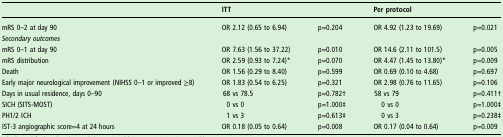
<table><thead><tr><td>[EMPTY_CELL]</td><td colspan="2"><b>ITT</b></td><td colspan="2"><b>Per protocol</b></td></tr></thead><tbody><tr><td>mRS 0–2 at day 90</td><td>OR 2.12 (0.65 to 6.94)</td><td>p=0.204</td><td>OR 4.92 (1.23 to 19.69)</td><td>p=0.021</td></tr><tr><td colspan="5"><i>Secondary outcomes</i></td></tr><tr><td>mRS 0–1 at day 90</td><td>OR 7.63 (1.56 to 37.22)</td><td>p=0.010</td><td>OR 14.6 (2.11 to 101.5)</td><td>p=0.005</td></tr><tr><td>mRS distribution</td><td>OR 2.59 (0.93 to 7.24)*</td><td>p=0.070</td><td>OR 4.47 (1.45 to 13.80)*</td><td>p=0.009</td></tr><tr><td>Death</td><td>OR 1.56 (0.29 to 8.40)</td><td>p=0.599</td><td>OR 0.69 (0.10 to 4.68)</td><td>p=0.697</td></tr><tr><td>Early major neurological improvement (NIHSS 0–1 or improved ≥8)</td><td>OR 1.83 (0.54 to 6.25)</td><td>p=0.321</td><td>OR 2.98 (0.76 to 11.65)</td><td>p=0.106</td></tr><tr><td>Days in usual residence, days 0–90</td><td>68 vs 78.5</td><td>p=0.782†</td><td>58 vs 79</td><td>p=0.411†</td></tr><tr><td>SICH (SITS-MOST)</td><td>0 vs 0</td><td>p=1.000‡</td><td>0 vs 0</td><td>p=1.000‡</td></tr><tr><td>PH1/2 ICH</td><td>1 vs 3</td><td>p=0.613‡</td><td>0 vs 3</td><td>p=0.238‡</td></tr><tr><td>IST-3 angiographic score=4 at 24 hours</td><td>OR 0.18 (0.05 to 0.64)</td><td>p=0.008</td><td>OR 0.17 (0.04 to 0.64)</td><td>p=0.009</td></tr></tbody></table>